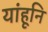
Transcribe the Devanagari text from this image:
यांहूनि